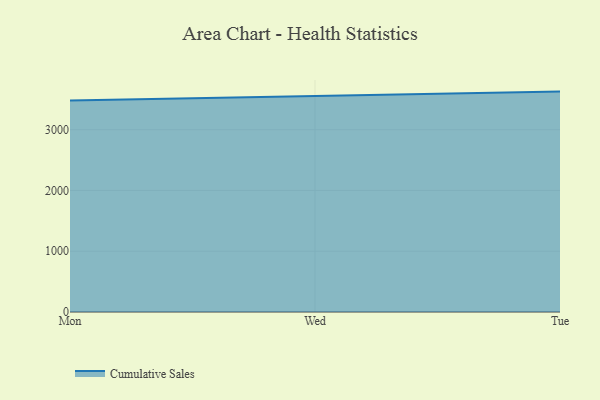
{"axis": {"x": "Day", "y": "Budget (USD K)"}, "legend": ["Cumulative Sales"], "data": [{"x": "Mon", "y": 3480.7, "type": "Cumulative Sales"}, {"x": "Wed", "y": 3547.9, "type": "Cumulative Sales"}, {"x": "Tue", "y": 3626.9, "type": "Cumulative Sales"}]}